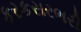
કરકસરભરી